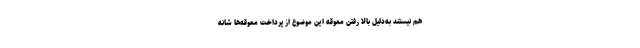
هم نیستند به‌دلیل بالا رفتن معوقه این موضوع از پرداخت معوقه‌ها شانه